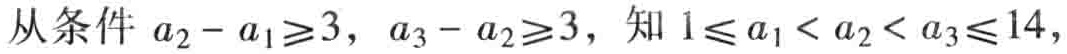
从条件 \(a_{2}-a_{1}\geq3\)，\(a_{3}-a_{2}\geq3\)，知 \(1\leq a_{1}< a_{2}< a_{3}\leq14\)，